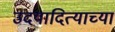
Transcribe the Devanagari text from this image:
उदयादित्याच्या